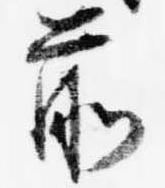
前